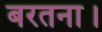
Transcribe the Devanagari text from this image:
बरतना।